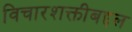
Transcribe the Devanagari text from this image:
विचारशक्तीबद्दल